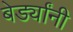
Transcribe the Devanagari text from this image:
बेर्ड्यांनी